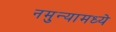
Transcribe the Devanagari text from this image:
नमुन्यामध्ये